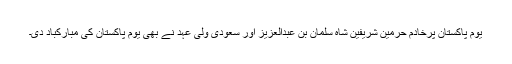
یوم پاکستان پرخادم حرمین شریفین شاہ سلمان بن عبدالعزیز اور سعودی ولی عہد نے بھی یوم پاکستان کی مبارکباد دی۔